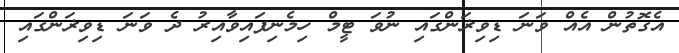
އެގޮތުން އެއް ވަނަ ޑިވިޜަންގައި ނުވަ ޓީމް ހިމެނިފައިވާއިރު ދެ ވަނަ ޑިވިޜަންގައި